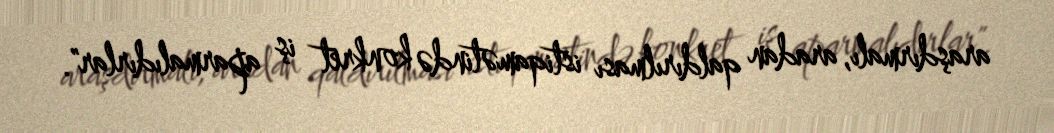
araşdırmalı, aradan qaldırılması istiqamətində konkret iş aparmalıdırlar".